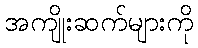
အကျိုးဆက်များကို